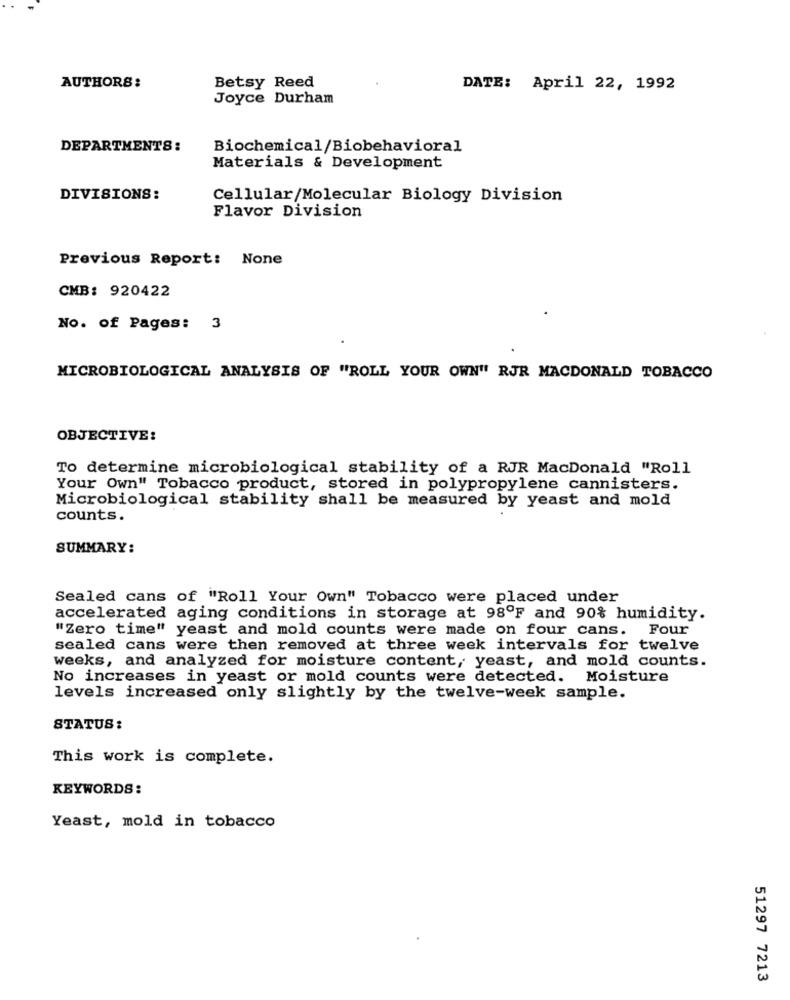
Betsy Reed
AUTHORS:
DATE: April 22, 1992
Joyce Durham
DEPARTMENTS:
Biochemical/Biobehavioral
Materials & Development
DIVISIONS:
Cellular/Molecular Biology Division
Flavor Division
Previous Report: None
CMB: 920422
No. of Pages: 3
MICROBIOLOGICAL ANALYSIS OF "ROLL YOUR OWN" RJR MACDONALD TOBACCO
OBJECTIVE:
To determine microbiological stability of a RJR MacDonald "Roll
Your Own" Tobacco product, stored in polypropylene cannisters.
Microbiological stability shall be measured by yeast and mold
counts.
SUMMARY:
Sealed cans of "Roll Your Own" Tobacco were placed under
accelerated aging conditions in storage at 98ºF and 90% humidity.
"Zero time" yeast and mold counts were made on four cans. Four
sealed cans were then removed at three week intervals for twelve
weeks, and analyzed for moisture content, yeast, and mold counts.
No increases in yeast or mold counts were detected. Moisture
levels increased only slightly by the twelve-week sample.
STATUS:
This work is complete.
KEYWORDS:
Yeast, mold in tobacco
51297 7213